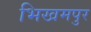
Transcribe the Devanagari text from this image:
भिखमपुर